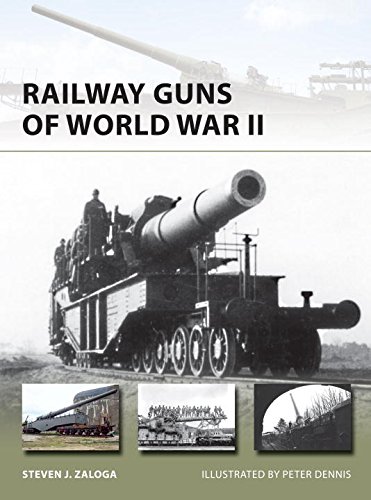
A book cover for Railway Guns of World War II (New Vanguard); Steven Zaloga; Engineering & Transportation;